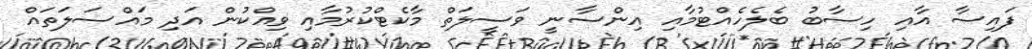
ފައިސާ އާއި ހިސާބު ބެލެހެއްޓުމާއި އިންސާނީ ވަސީލަތް މާކެޓްކުރުމާއި ވިއްކުން އަދި މައްސަލަތައް